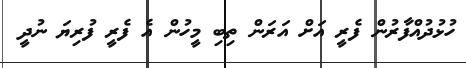
ހުޅުދުއްފާރުން ފެރީ އަށް އަރަން ތިބި މީހުން އެ ފެރީ ފުރިޔަ ނުދީ